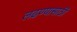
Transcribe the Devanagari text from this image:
लढण्यासाठीं